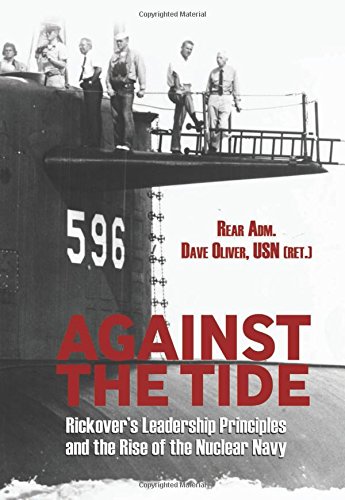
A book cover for Against the Tide: Rickover's Leadership Principles and the Rise of the Nuclear Navy; Rear Admiral Dave Oliver  USN (Ret.); History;